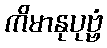
ကိမာနုပုဗ္ဗံ